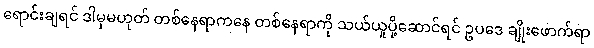
ရောင်းချရင် ဒါမှမဟုတ် တစ်နေရာကနေ တစ်နေရာကို သယ်ယူပို့ဆောင်ရင် ဥပဒေ ချိုးဖောက်ရာ